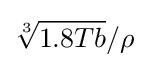
{\sqrt[{3}]{1.8Tb}}/\rho